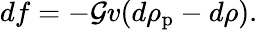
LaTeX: df=-\mathcal{G}v(d\rho_{\mathrm{{p}}}-d\rho).